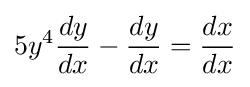
5y^{4}{\frac {dy}{dx}}-{\frac {dy}{dx}}={\frac {dx}{dx}}